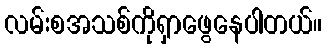
လမ်းစအသစ်ကိုရှာဖွေနေပါတယ်။